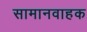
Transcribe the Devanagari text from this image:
सामानवाहक